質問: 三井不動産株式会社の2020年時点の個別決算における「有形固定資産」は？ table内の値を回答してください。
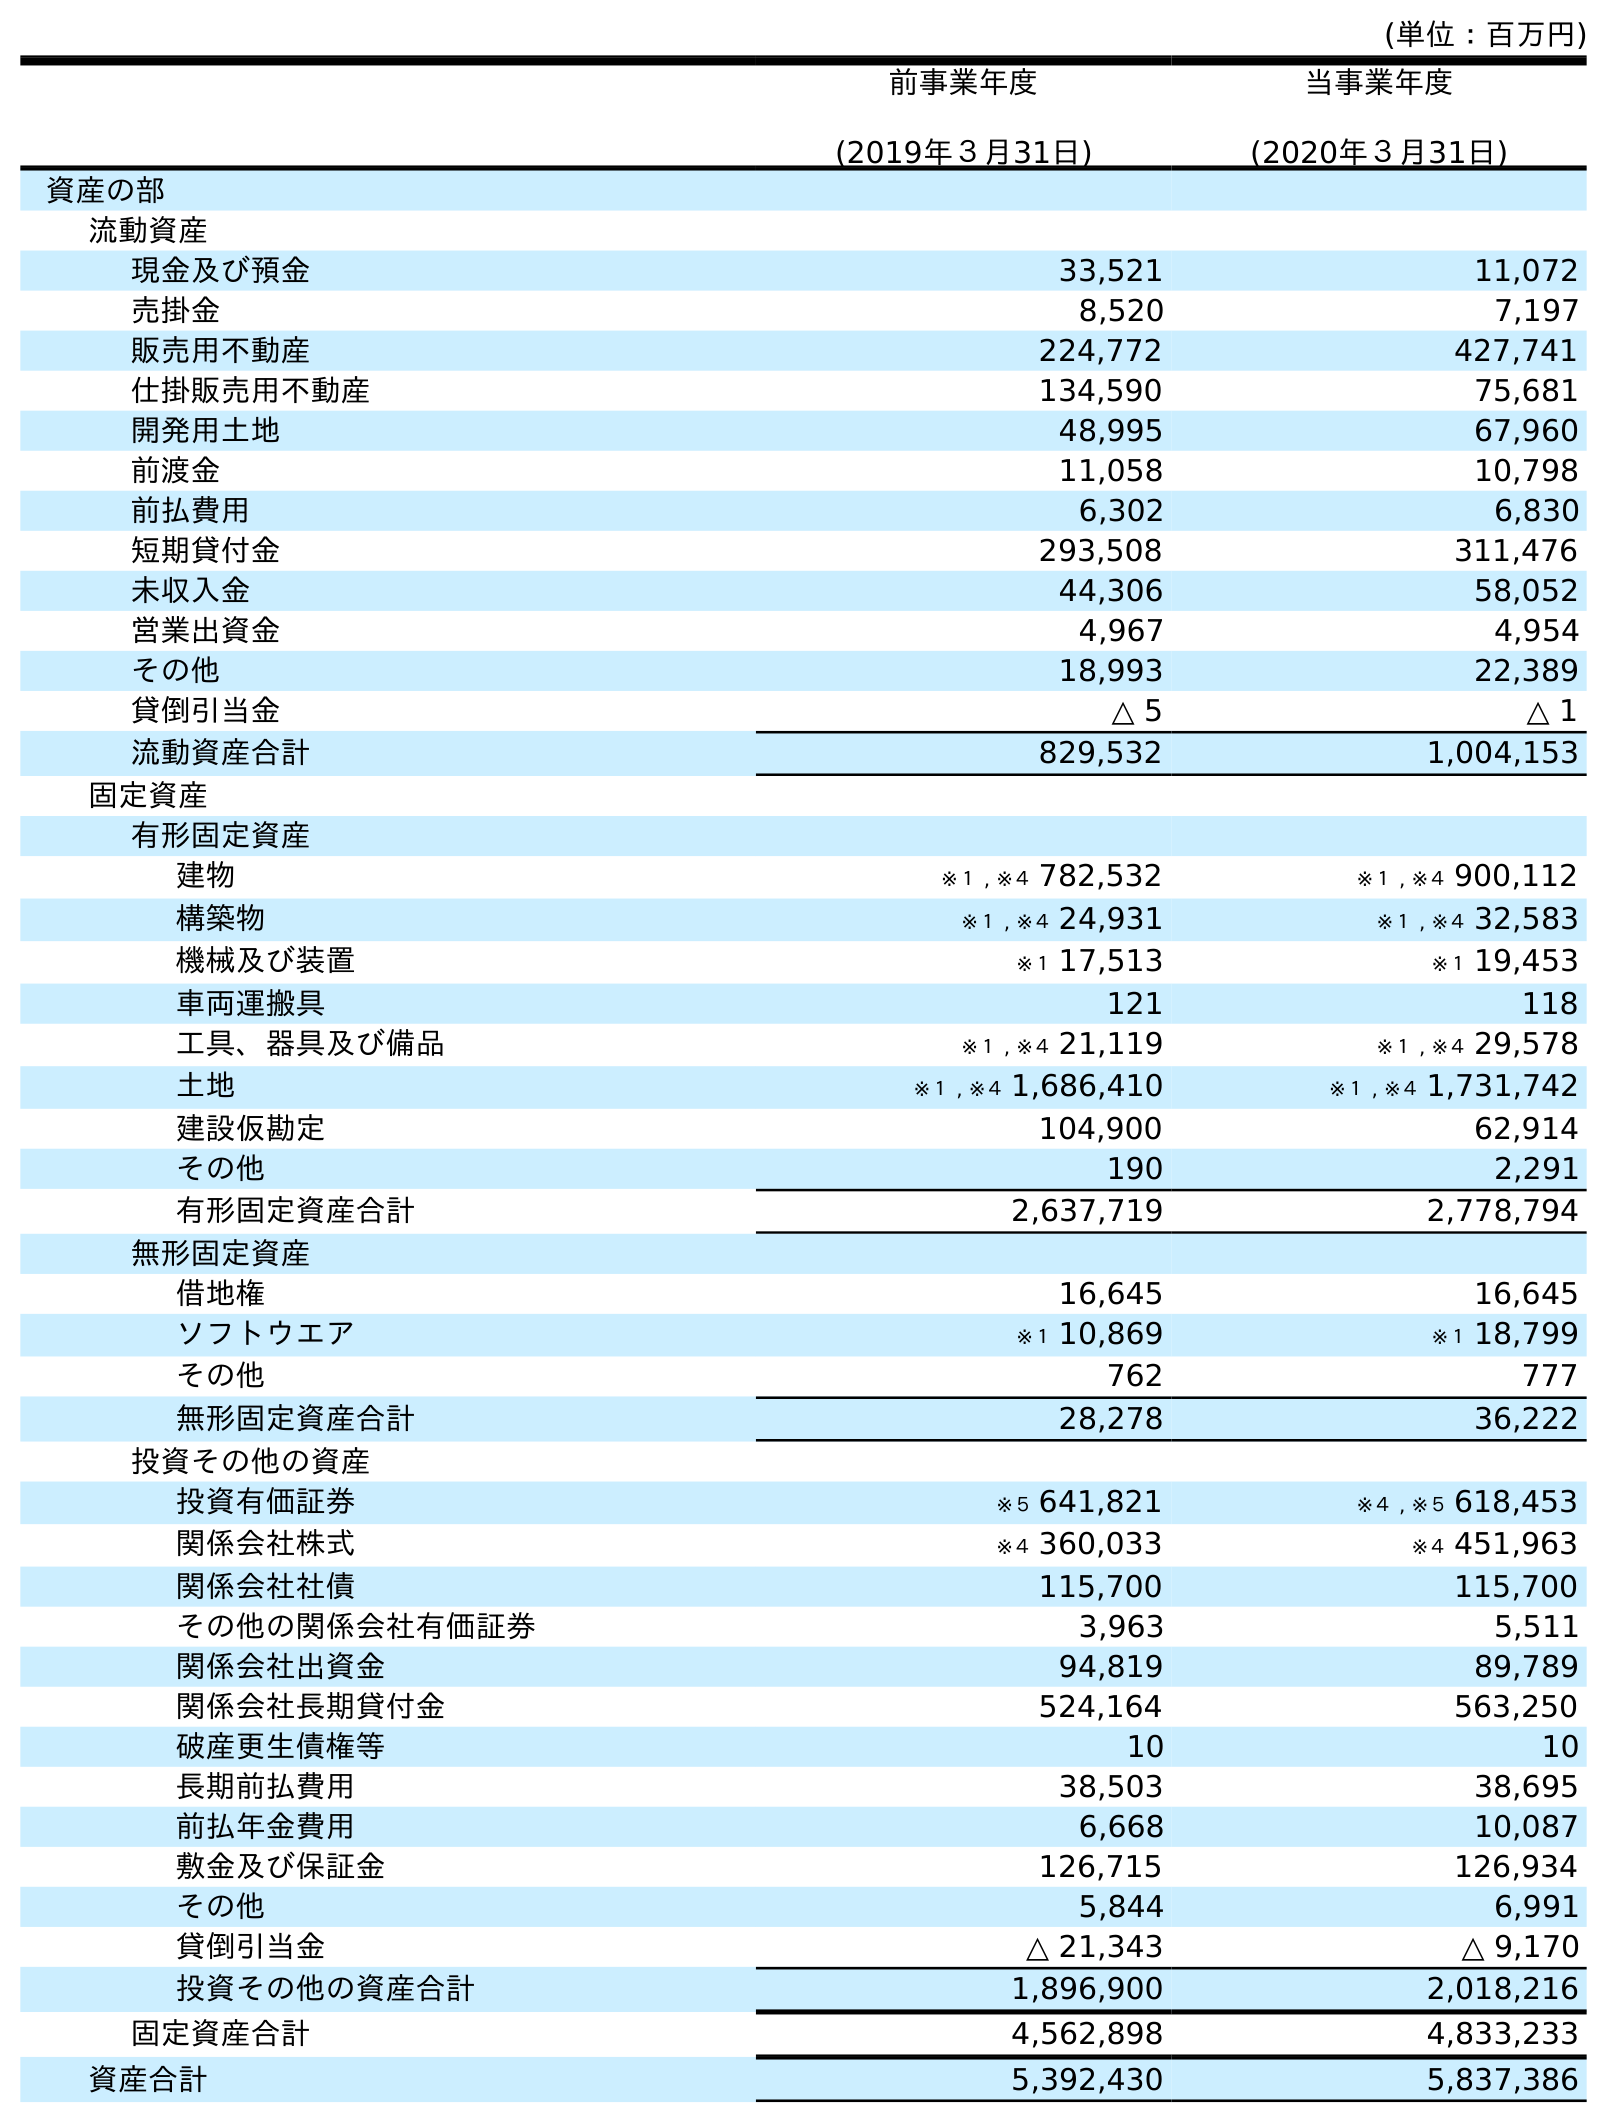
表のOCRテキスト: (単位：百万円) 前事業年度 (2019年３月31日) 当事業年度 (2020年３月31日) 資産の部 流動資産 現金及び預金 33,521 11,072 売掛金 8,520 7,197 販売用不動産 224,772 427,741 仕掛販売用不動産 134,590 75,681 開発用土地 48,995 67,960 前渡金 11,058 10,798 前払費用 6,302 6,830 短期貸付金 293,508 311,476 未収入金 44,306 58,052 営業出資金 4,967 4,954 その他 18,993 22,389 貸倒引当金 △ 5 △ 1 流動資産合計 829,532 1,004,153 固定資産 有形固定資産 建物 ※１ , ※４ 782,532 ※１ , ※４ 900,112 構築物 ※１ , ※４ 24,931 ※１ , ※４ 32,583 機械及び装置 ※１ 17,513 ※１ 19,453 車両運搬具 121 118 工具、器具及び備品 ※１ , ※４ 21,119 ※１ , ※４ 29,578 土地 ※１ , ※４ 1,686,410 ※１ , ※４ 1,731,742 建設仮勘定 104,900 62,914 その他 190 2,291 有形固定資産合計 2,637,719 2,778,794 無形固定資産 借地権 16,645 16,645 ソフトウエア ※１ 10,869 ※１ 18,799 その他 762 777 無形固定資産合計 28,278 36,222 投資その他の資産 投資有価証券 ※５ 641,821 ※４ , ※５ 618,453 関係会社株式 ※４ 360,033 ※４ 451,963 関係会社社債 115,700 115,700 その他の関係会社有価証券 3,963 5,511 関係会社出資金 94,819 89,789 関係会社長期貸付金 524,164 563,250 破産更生債権等 10 10 長期前払費用 38,503 38,695 前払年金費用 6,668 10,087 敷金及び保証金 126,715 126,934 その他 5,844 6,991 貸倒引当金 △ 21,343 △ 9,170 投資その他の資産合計 1,896,900 2,018,216 固定資産合計 4,562,898 4,833,233 資産合計 5,392,430 5,837,386
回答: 2,778,794